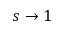
s \to 1